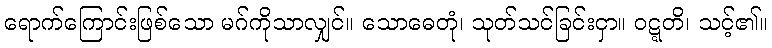
ရောက်ကြောင်းဖြစ်သော မဂ်ကိုသာလျှင်။ သောဓေတုံ၊ သုတ်သင်ခြင်းငှာ။ ဝဋ္ဋတိ၊ သင့်၏။